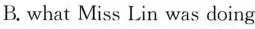
B. what Miss Lin was doing